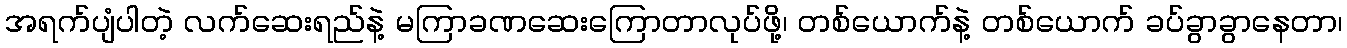
အရက်ပျံပါတဲ့ လက်ဆေးရည်နဲ့ မကြာခဏဆေးကြောတာလုပ်ဖို့၊ တစ်ယောက်နဲ့ တစ်ယောက် ခပ်ခွာခွာနေတာ၊